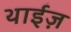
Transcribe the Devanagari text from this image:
थाईज़